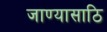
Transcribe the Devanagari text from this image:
जाण्यासाठि